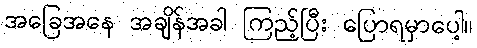
အခြေအနေ အချိန်အခါ ကြည့်ပြီး ပြောရမှာပေါ့။